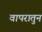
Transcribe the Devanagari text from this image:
वापरातुन